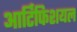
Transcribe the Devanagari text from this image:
आर्टिफिशयल